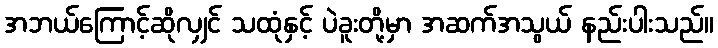
အဘယ်ကြောင့်ဆိုလျှင် သထုံနှင့် ပဲခူးတို့မှာ အဆက်အသွယ် နည်းပါးသည်။